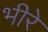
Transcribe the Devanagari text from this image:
भीरे